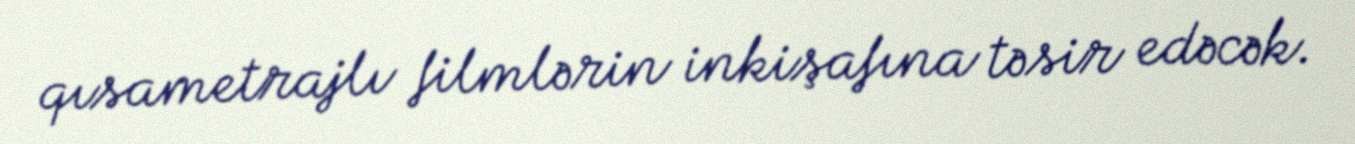
qısametrajlı filmlərin inkişafına təsir edəcək.